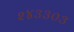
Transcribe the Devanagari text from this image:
२४३३०३